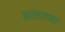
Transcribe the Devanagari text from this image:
सरलतया